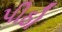
પીઠો